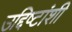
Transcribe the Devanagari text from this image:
उद्दिष्टांशी